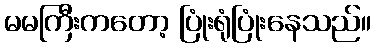
မမကြီးကတော့ ပြုံးရုံပြုံးနေသည်။